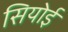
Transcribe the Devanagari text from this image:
सियोई